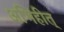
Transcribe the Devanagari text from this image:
अभिहीत्